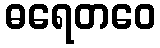
ဓရေတဝေ